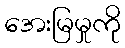
အေးမြမှုကို